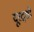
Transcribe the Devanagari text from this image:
दूरद्र्शी